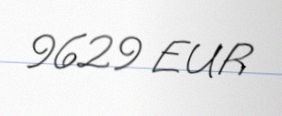
9629 EUR